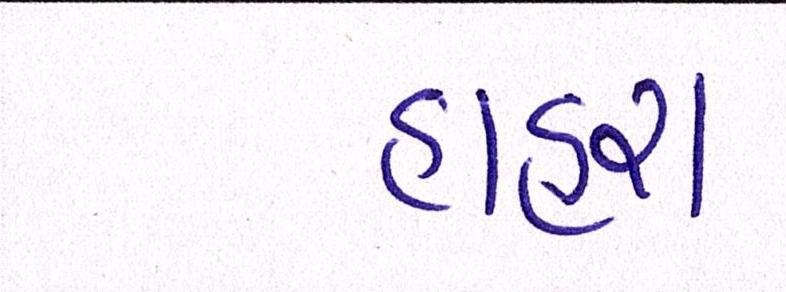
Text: હાહરા